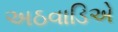
અઠવાડિએ